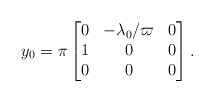
\begin{align*}y_0=\pi\begin{bmatrix} 0&-\lambda_0/\varpi &0\\1&0 & 0\\0&0&0\end{bmatrix}.\end{align*}